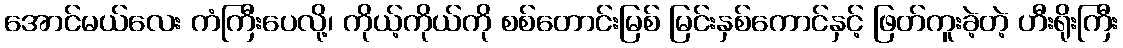
အောင်မယ်လေး ကံကြီးပေလို့၊ ကိုယ့်ကိုယ်ကို စစ်တောင်းမြစ် မြင်းနှစ်ကောင်နှင့် ဖြတ်ကူးခဲ့တဲ့ ဟီးရိုးကြီး